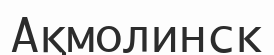
Ақмолинск